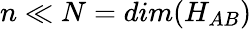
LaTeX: n\ll N=dim(H_{AB})